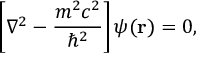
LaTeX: \left[ \nabla ^ { 2 } - { \frac { m ^ { 2 } c ^ { 2 } } { \hbar ^ { 2 } } } \right] \psi ( \mathbf { r } ) = 0 ,